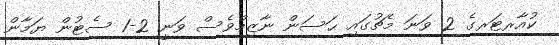
ކުއާރޓަރގެ 2 ވަނަ މެޗުގައި ޙަސަން ނާޒިމްވެސް ވަނީ 2-1 ސެޓުން ޔަމާން